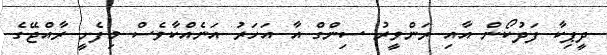
ދީޕިކާ ފަދުކޯން އާއި ރަންވީރު ސިންގް އާ އަހަރު އަނެއްކާވެސް މިފެށީ ރާއްޖޭގެ